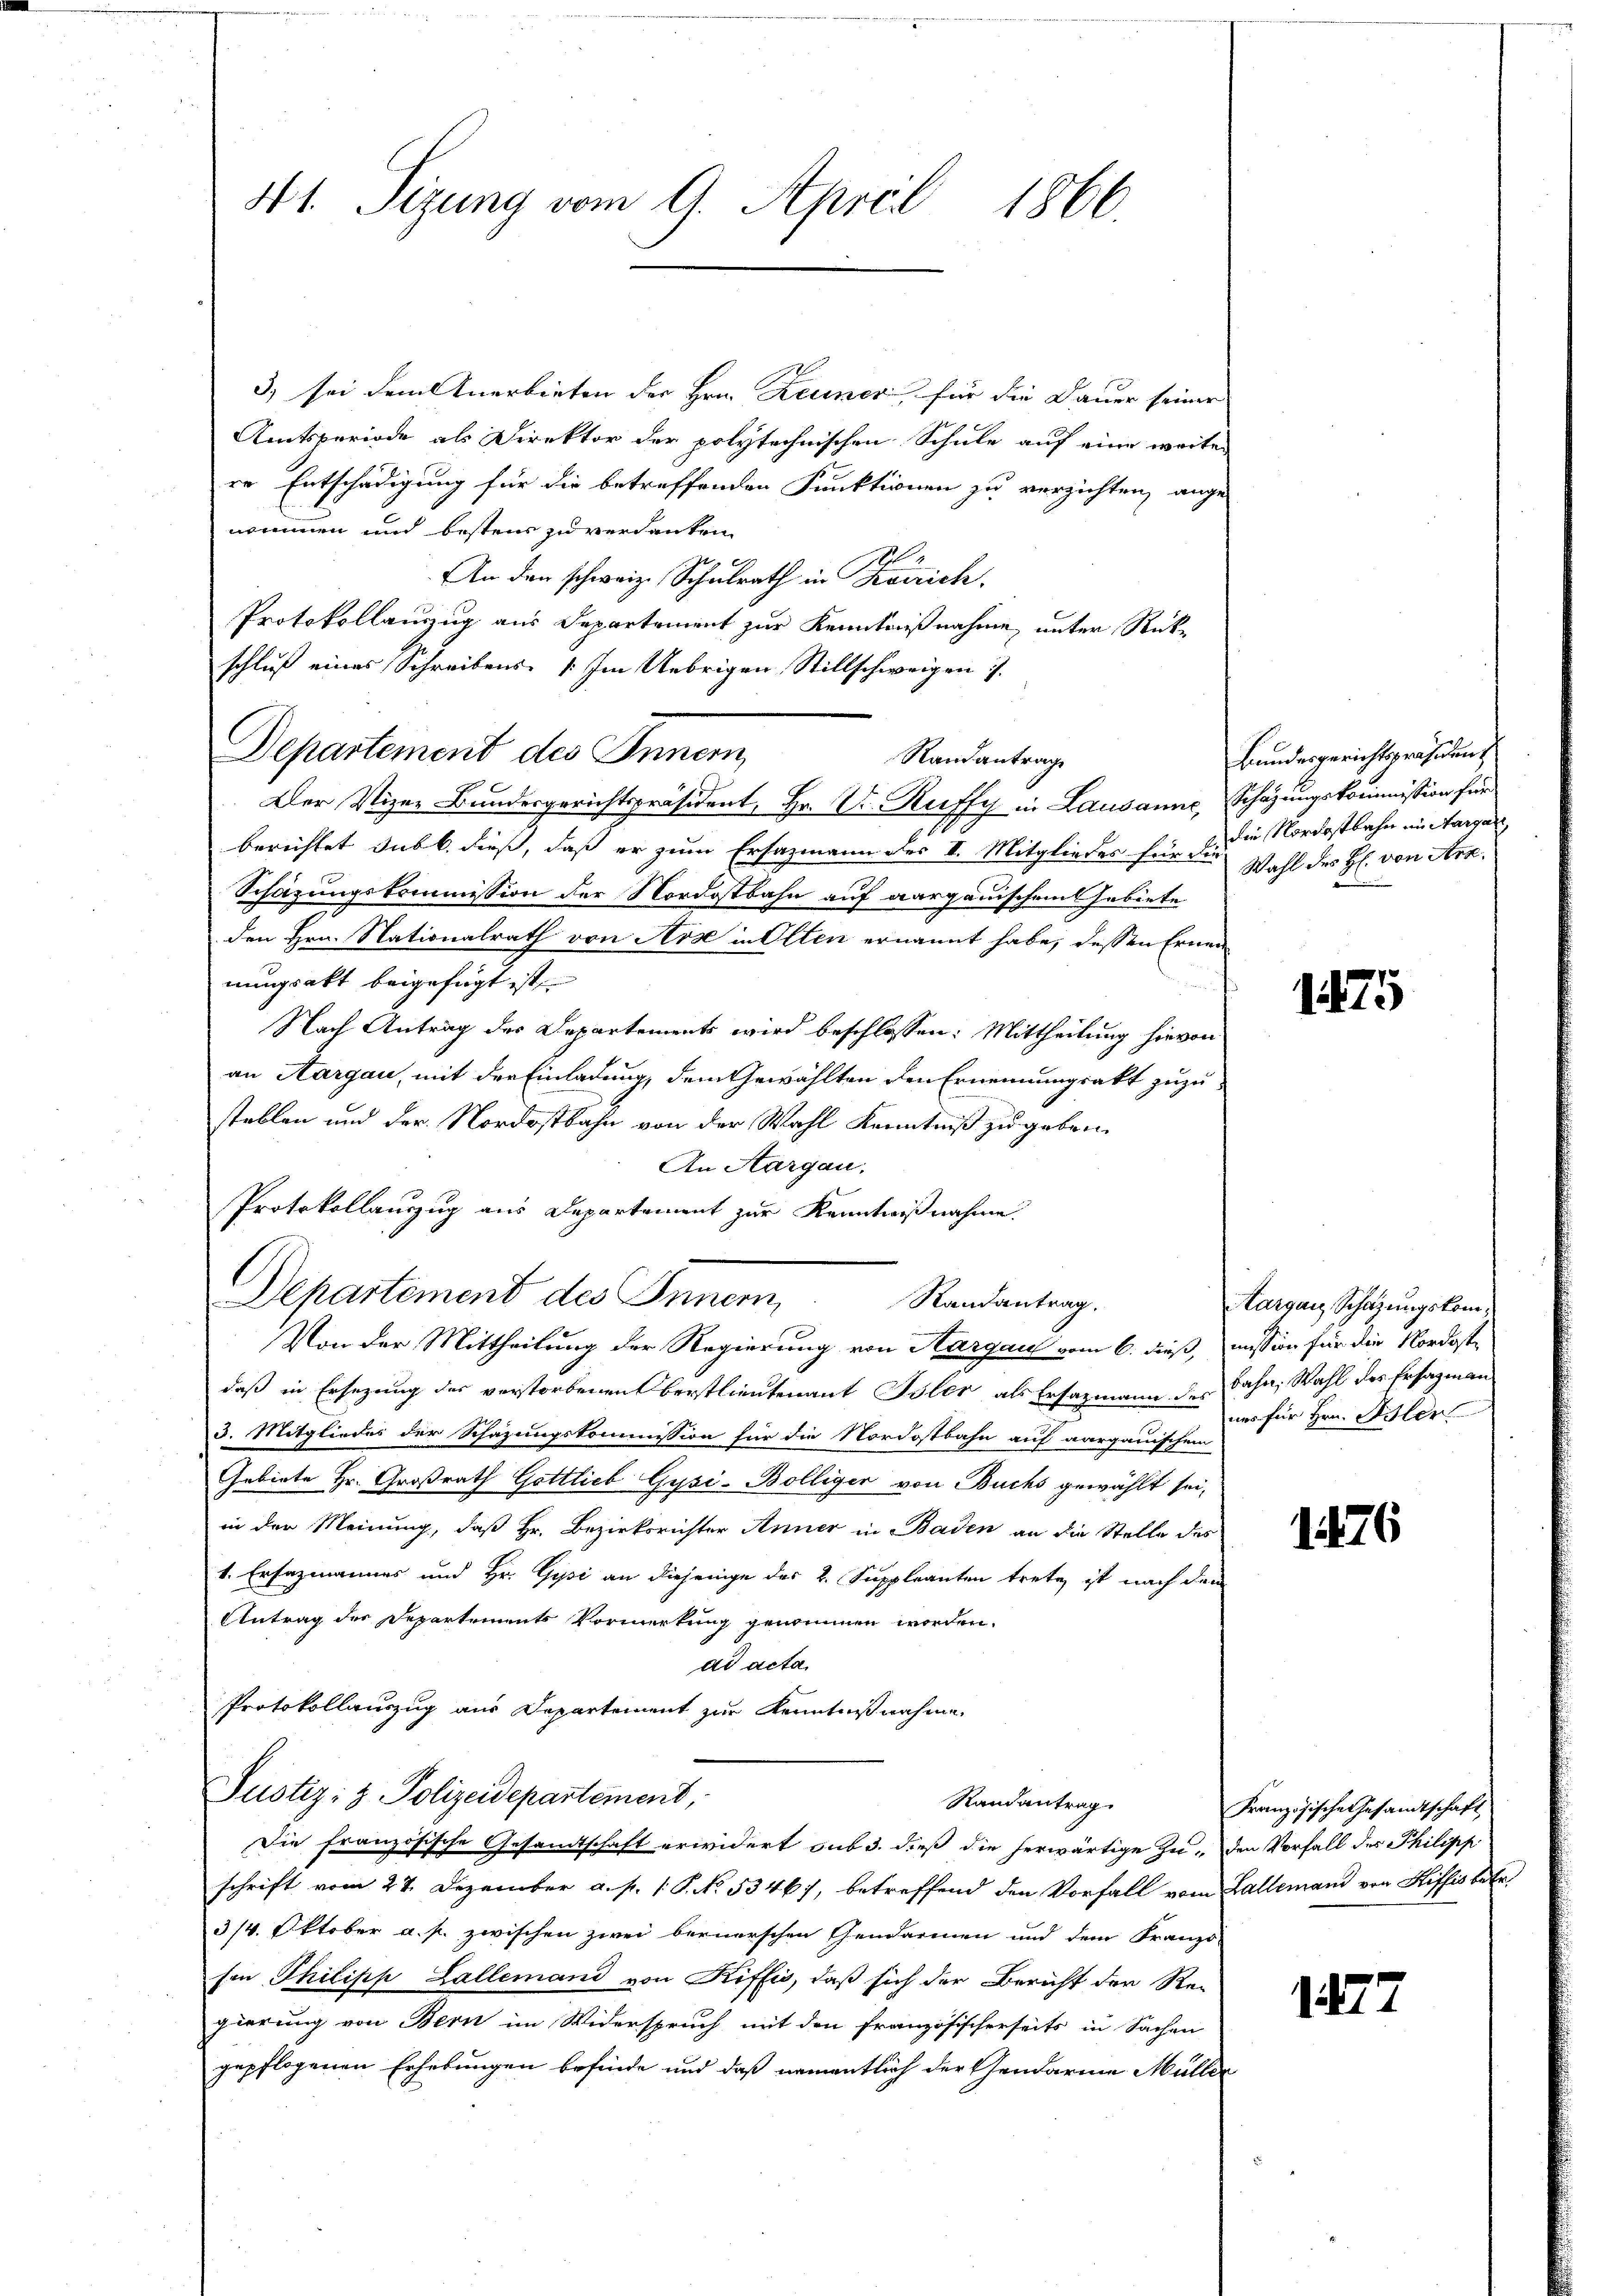
3) sei dem Anerbieten der Hrn. Keiner für die Dauer seiner
Amtsperiode als Direktor der polytechnischen Schule auf eine weiter
re Entschädigung für die betreffenden Funktionen zu verzichten, ange-
nommen und bestens zu verdanken
An den schweiz. Schulrath in Konzich
Protokollauszug aus Departement zur Kenntnißnahme unter Rückschluß eines Schreibens- [Im Uebrigen, Stillschweigen 7.
Departement des Innern
Randantrage
Der Vizer Bundesgerichtspräsident, Hr. Dr. Ruffy in Lausanne, Schazungskommission für
berichtet sub b. dieß, daß er zum Ersazmann des II. Mitgliedes für die
Schazungskommission der Nordostbahn auf aargauischem Gebiete
den Hrn. Nationalrath von Arse in Olten ernannt habe, dessen Ernen
nungsakt beigefügt ist,
Nach Antrag des Departements wird beschlossen: Mittheilung hievon
an Aargau, mit der Einladung, dem Gewählten den Ernennungsakt zuzustellen und der Nordostbahn von der Wahl Kenntniß zu geben.
An Aargau.
Protokollauszug aus Departement zur Kenntnißnahme.
Departement des Innern, Randantrag.
Von der Mittheilung der Regierung von Aargau vom 6. dieß, mission für die Nordoste
daß in Ersezung des verstorbenen Oberstlieutenant Isler als Ersazmann des Bahn, Wahl des Ersagman
3. Mitgliedes der Schazungskommission für die Nordostbahn auf aargauischem
Gebiete Hr. Großrath Gottlieb Gysi-Bölliger von Buchs gewählt sei,
in der Meinung, daß Hr. Bezirksrichter Anner in Baden an die Stelle des
v. Ersazmannes und Hr. Gysi an diejenige des 2. Suppleanten trete, ist nach dem
Antrag der Departements Vormerkung genommen worden.
ad acta
Protokollauszug aus Departement zur Kenntnißnahme
Justiz- & Polizeidepartement,
Randantrag
Die französische Gesandtschaft erwidert sub 3. dieß die herwärtige Zu- den Vorfall des Philipp
schrift vom 27. Dezember a. p. 1 P. No. 5346), betreffend den Vorfall vom Hallemand von Hiffis betr.
3/4. Oktober a. p. zwischen zwei bernerschen Gendarmen und dem Franzö-
Ein Philipp Lallemand von Riffes, daß sich der Bericht der Re-
gierung von Bern im Widerspruch mit den französischerseits in Sachen
gepflogenen Erhebungen befinde und daß namentlich der Gendarme Müller

41. Sizung vom 9. April 1866.

Bundesgerichtspräsident
die Nordostbahn im Aargau,
Wahl des H. von Arz

1475

Aargau, Schazungskomuns für Hrn. Mitler

1176

Französische Gesandtschaft

1477